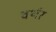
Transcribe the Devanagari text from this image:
वर्थर